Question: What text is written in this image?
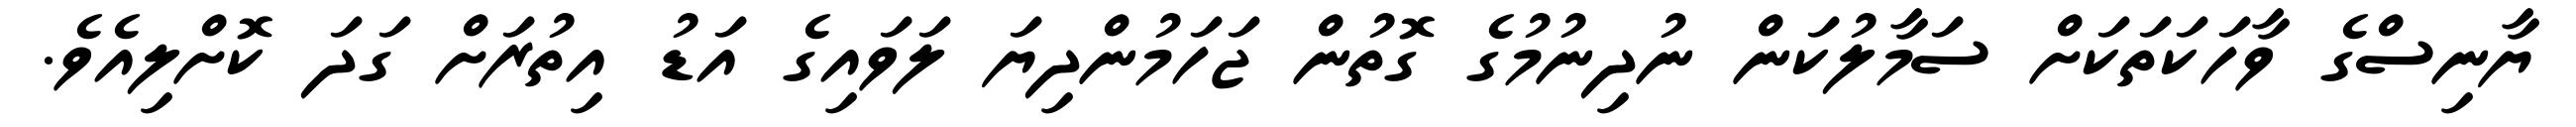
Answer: ޔާނިސްގެ ވާހަކަތަކަށް ސަމާލުކަން ނުދިނުމުގެ ގޮތުން ޖަހަމުންދިޔަ ލަވައިގެ އަޑު އިތުރަށް ގަދަ ކޮށްލިއެވެ.